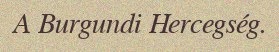
A Burgundi Hercegség.